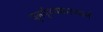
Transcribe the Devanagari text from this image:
पुनर्पृथ्थकरणाने